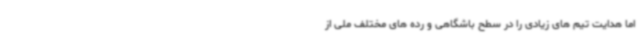
اما هدایت تیم های زیادی را در سطح باشگاهی و رده های مختلف ملی از